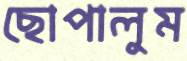
ছোপালুম